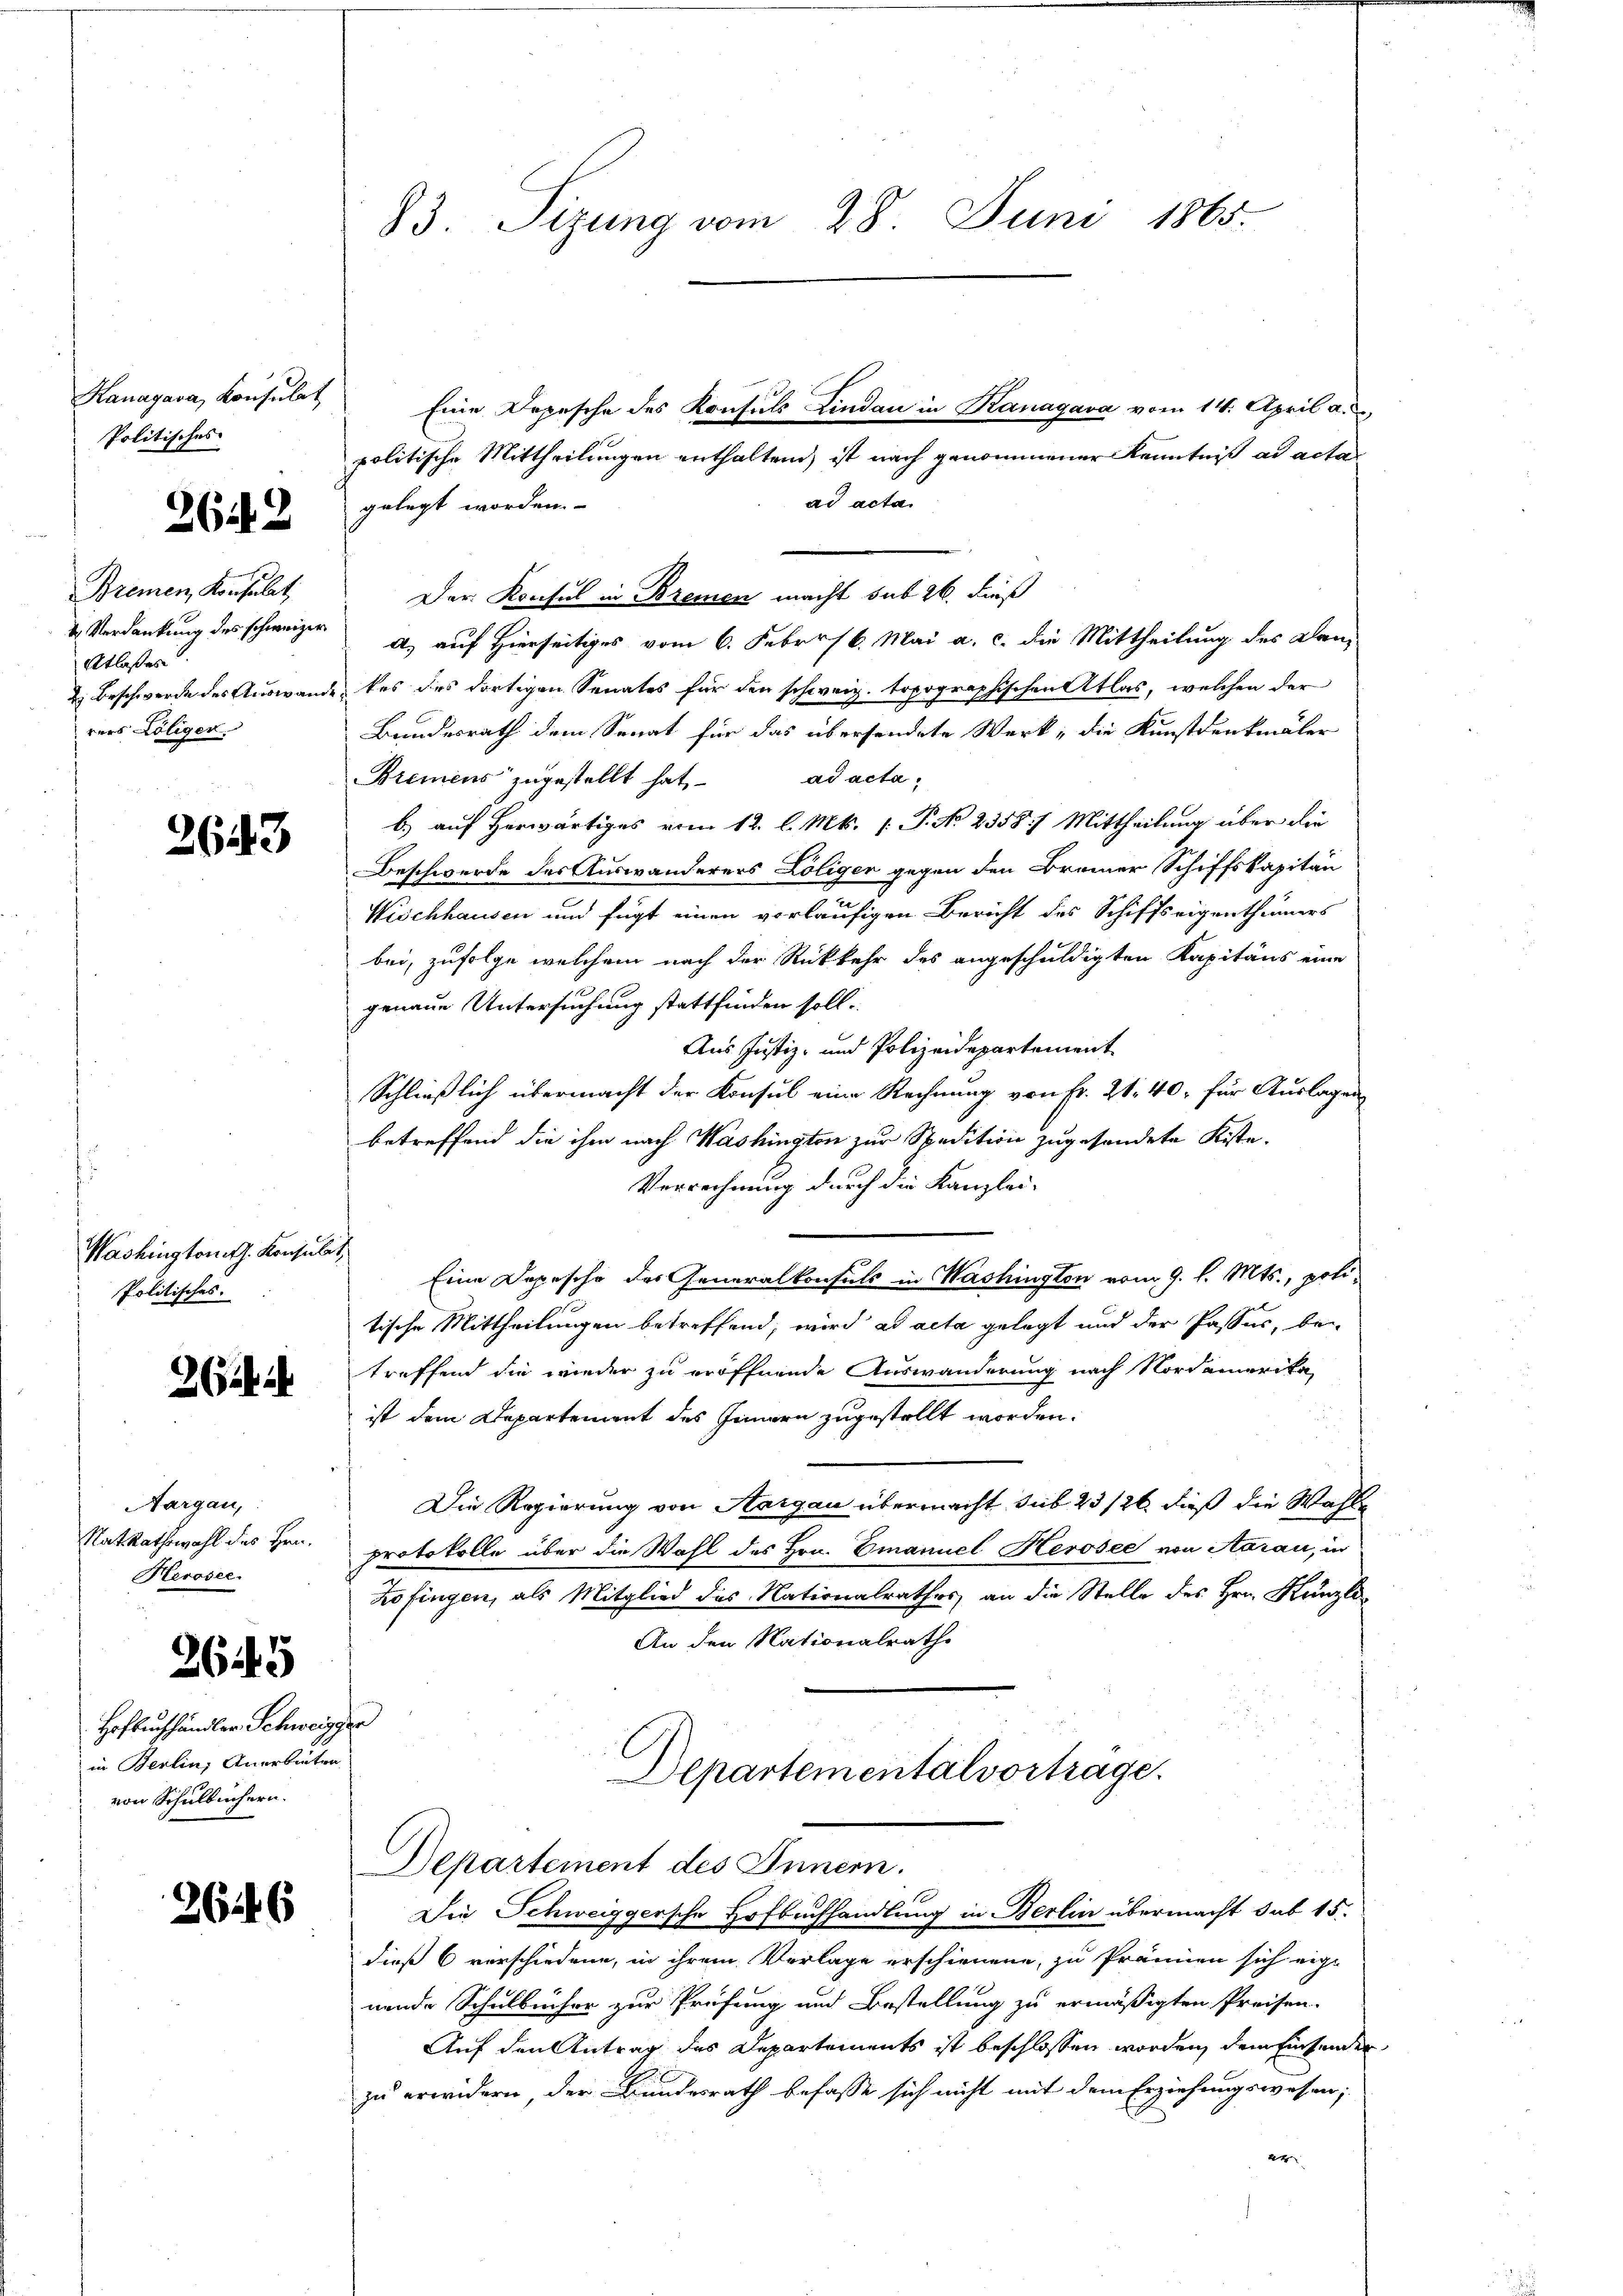
Kanagava, Konsulat
Politisches

2643

Bremen, Konsulat,
Etlaßes
rers Löligen.

2643

Washington J. Konsulat
Politisches.

2

Aargau,
Keroser.
2645
Hofbuchhändler Schweizger
in Berlin, Anerbeiten
von Schulbüchern.

2646

Eine Depesche des Konsuls Lindau in Kanagava vom 14. April a.)
politische Mittheilungen enthaltend, ist nach genommener Kenntniß ad acta
ad acta.
gelegt worden.
Der Konsul in Bremen macht sub 26. dieß
4 Verdankung des schweizer a. auf Hierseitiges vom 6. Febr. 16. Mai a. c. die Mittheilung des Dan¬
 Beschwerde des Auswande, des des dortigen Senates für den schweiz. topographischen Atlas, welchen der
Bundesrath dem Senat für das übersendete Werk, die Kunstdenkmäler
ad acta,
Bremens zugestellt hat,
b.) auf herwärtiges vom 12. l. Mts. 1. P. No 2358. Mittheilung über die
Beschwerde des Auswanderers Löliger gegen den Brenner Schiffskapitän
Wischhausen und fügt einen vorläufigen Bericht des Schiffseigenthümers
bei, zufolge welchem nach der Rückkehr des angeschuldigten Kapitäns eine
genaue Untersuchung stattfinden soll.
Aus Justiz- und Polizeidepartement
Schließlich übermacht der Konsul eine Rechnung von Fr. 21. 40, für Auslagen
betreffend die ihm nach Washingten zur Spedition zugesondete Kiste.
Verrechnung durch die Kanzlei-
Eine Depesche des Generalkonsuls in Washington vom 9. l. Mts., politische Mittheilungen betreffend, wird ad acta gelegt und der Passus, betreffend die wieder zu eröffnende Auswanderung nach Nordamerika,
ist dem Departement des Innern zugestellt worden.
Die Regierung von Aargau übermacht sub 23/26 dieß die Wahle
RatRathswahl des Hrn. protokolle über die Wahl des Hrn. Emanuel Herosee von Aarau, in
Zofingen, als Mitglied des Nationalrathes an die Stelle des Hrn. Künzli
An den Nationalrath
Departementalvortrage.
Departement des Innern.
Die Schweiggersche Hofbrufhandlung in Berlin übermacht sub 15.
dieß 6 verschiedene, in ihrem Vorlage erschienene, zu fränen sich eige
nende Schulbücher zur Prüfung und Bestellung zu ermäßigten Preisen.
Auf den Antrag des Departements ist beschlossen worden, dem Einsenden
zu erwidern, der Bundesrath befasse sich nicht mit dem Erziehungswesen;
2

83. Sizung vom 28. Juni 1865.